Lunatic asylums in Bengal annual reports 1899-1911 - 1899-1911
Year: 1899
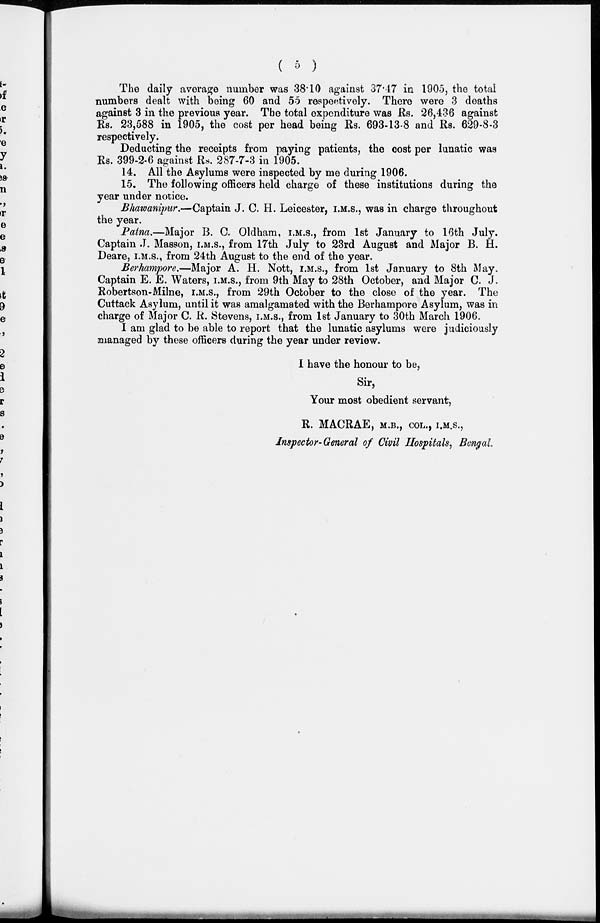
( 5 )
The daily average number was 38.10 against 37.47 in 1905, the total
numbers dealt with being 60 and 55 respectively. There were 3 deaths
against 3 in the previous year. The total expenditure was Rs. 26,436 against
Rs. 23,588 in 1905, the cost per head being Rs. 693-13-8 and Rs. 629-8-3
respectively.
Deducting the receipts from paying patients, the cost per lunatic was
Rs. 399-2-6 against Rs. 287-7-3 in 1905.
14. All the Asylums were inspected by me during 1906.
15. The following officers held charge of these institutions during the
year under notice.
Bhawanipur.—Captain J. C. H. Leicester, I.M.S., was in charge throughout
the year.
Patna.—Major B. C. Oldham, I.M.S., from 1st January to 16th July.
Captain J. Masson, I.M.S., from 17th July to 23rd August and Major B. H.
Deare, I.M.S., from 24th August to the end of the year.
Berhampore.—Major A. H. Nott, I.M.S., from 1st January to 8th May.
Captain E. E. Waters, I.M.S., from 9th May to 28th October, and Major C. J.
Robertson-Milne, I.M.S., from 29th October to the close of the year. The
Cuttack Asylum, until it was amalgamated with the Berhampore Asylum, was in
charge of Major C. R. Stevens, I.M.S., from 1st January to 30th March 1906.
I am glad to be able to report that the lunatic asylums were judiciously
managed by these officers during the year under review.
I have the honour to be,
Sir,
Your most obedient servant,
R. MACRAE, M.B., COL., I.M.S.,
Inspector-General of Civil Hospitals, Bengal.